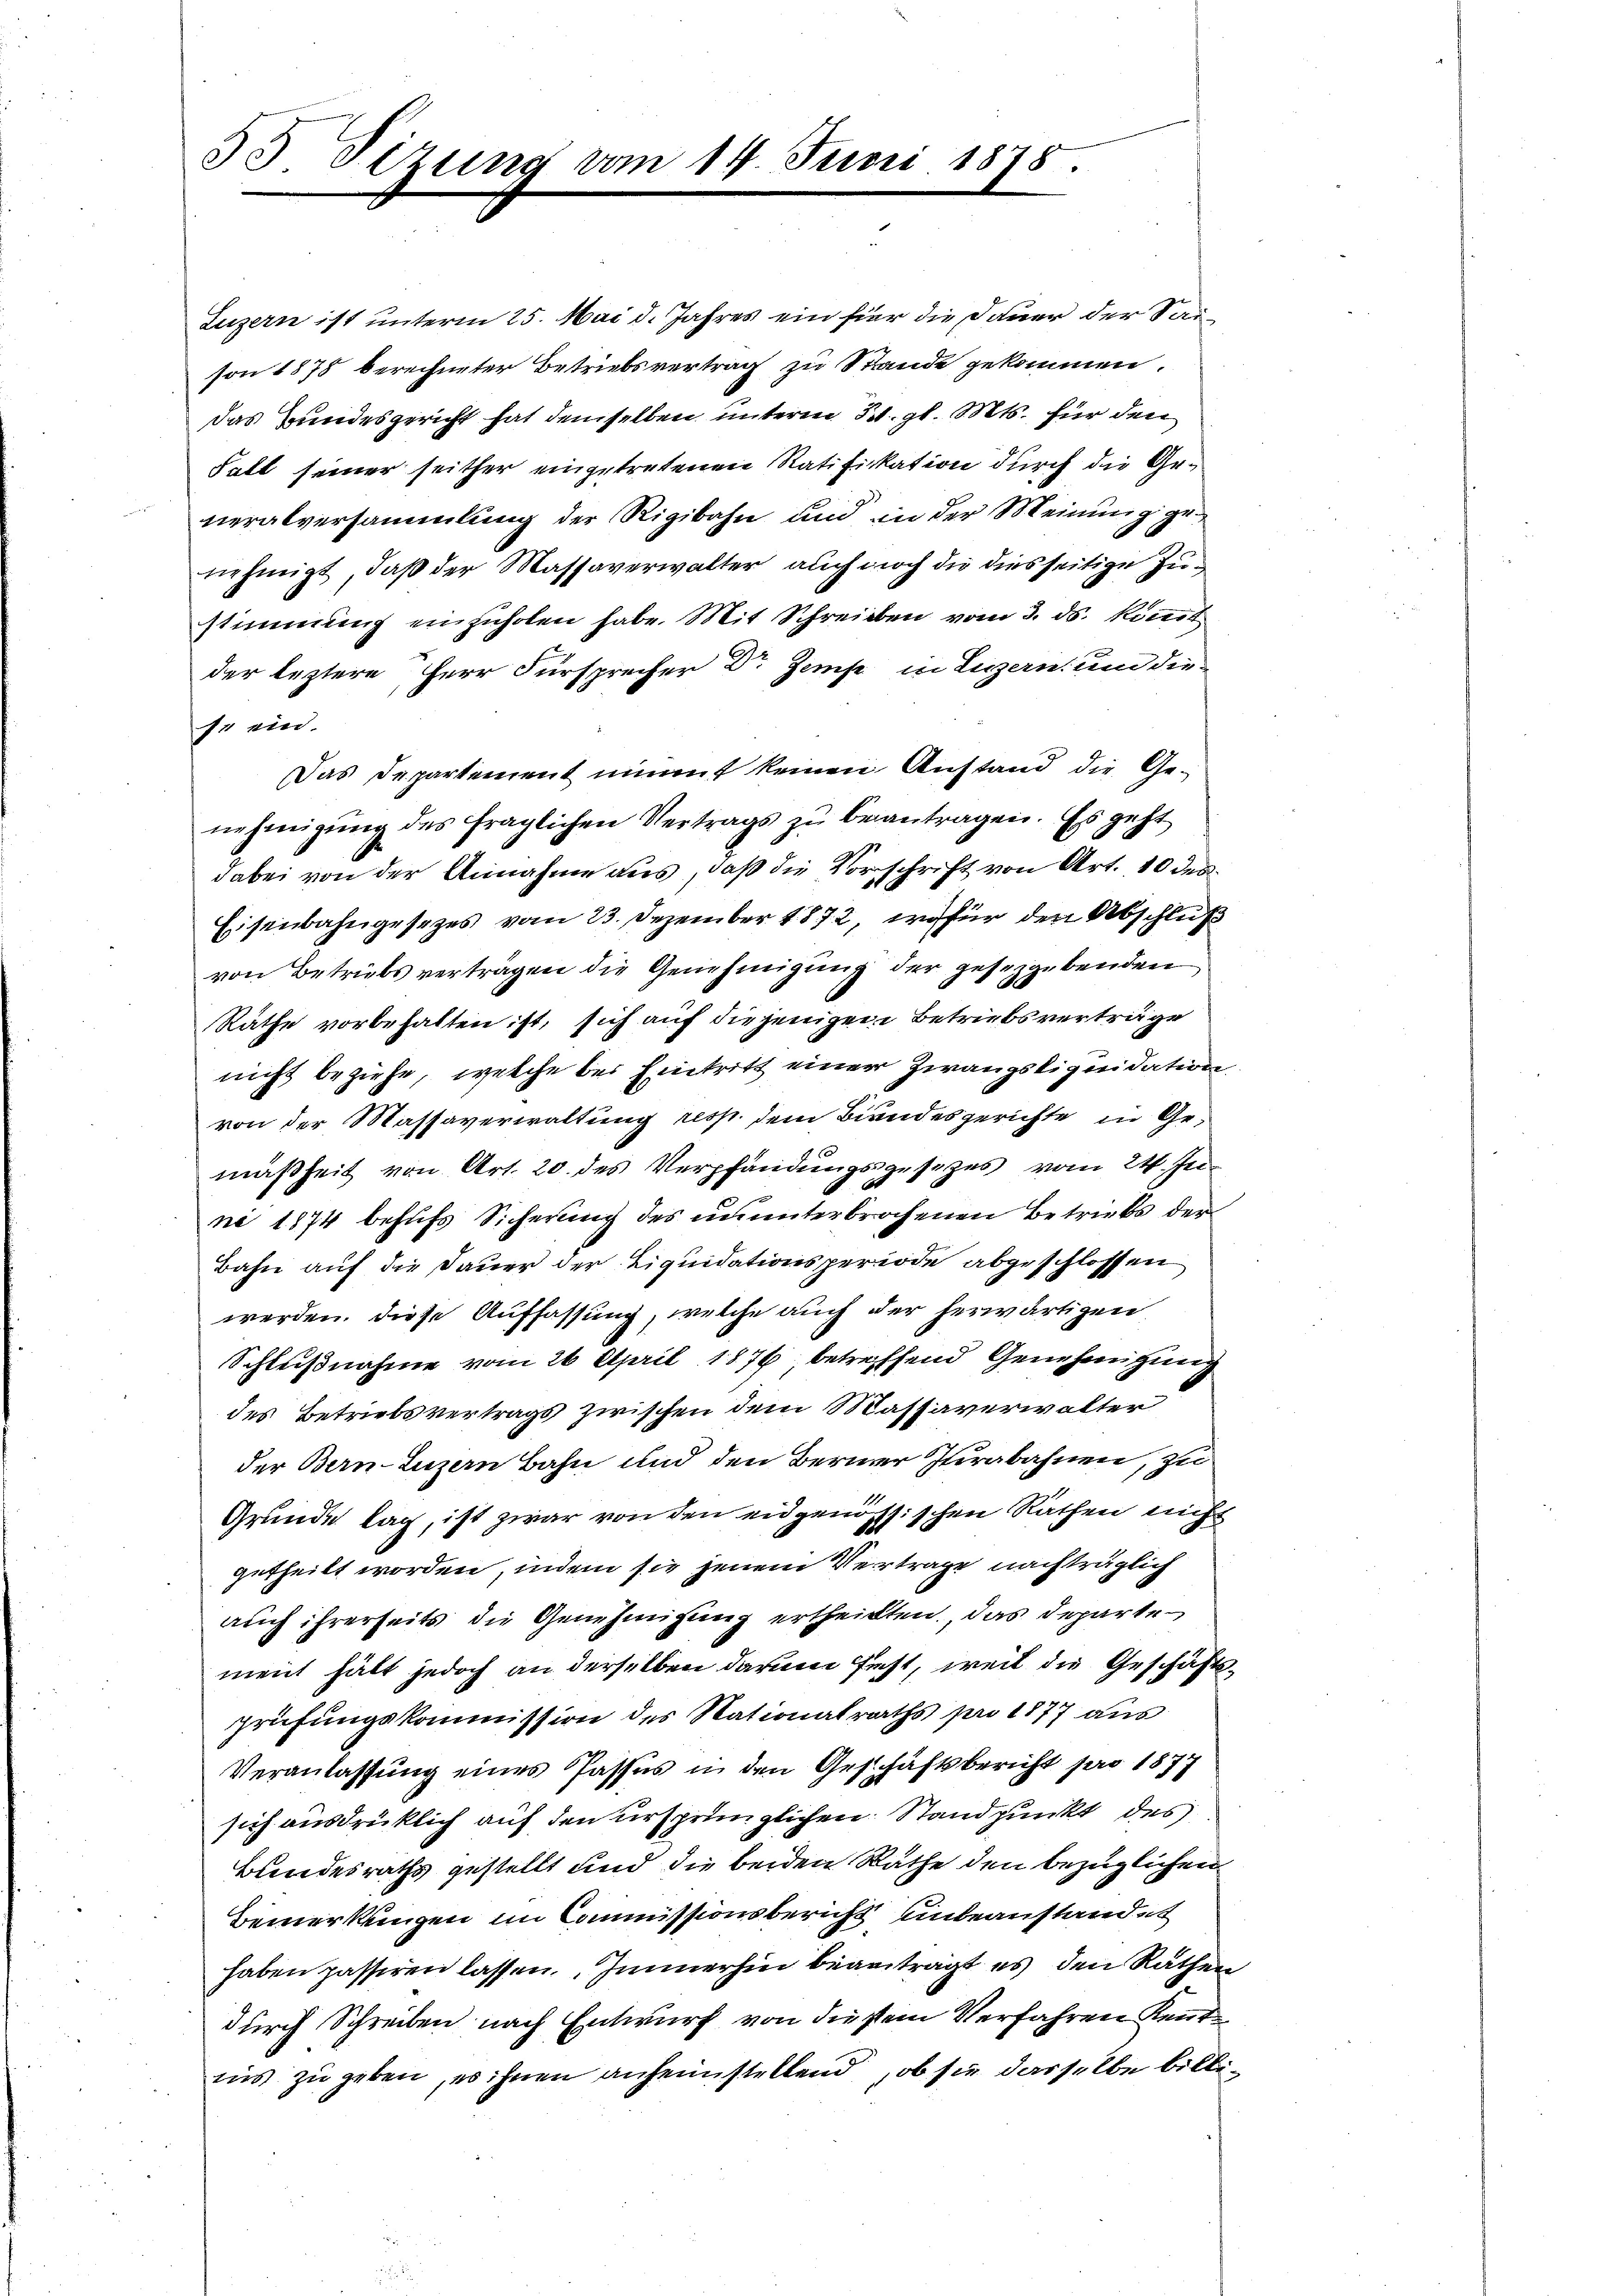
53 Sizung vom 14. Juni 1878.

Luzern ist unterm 25. Mai d. Jahres ein fier die Dauer der Saison 1878 berechneter Betriebsvertrag zu Stande gekommen.
das Bundesgericht hat demselben unterm 31. gl. Mts. für den
Fall seiner seither eingetretenen Ratifikation durch die Generalversammlung der Rigibahn und in der Meinung genehmigt, daß der Massaverwalter auch noch die diesseitige Zustimmung einzuholen habe. Mit Schreiben vom 3. ds. könt
der leztere Herr Fürsprecher Dr Zemp in Legern und diese ein.
Das Departement nimmt keinen Anstand die Genehmigŭng des fraglichen Vertrags zŭ beantragen. Es geht
dabei von der Annahme aus, daß die Vorschrift von Art. 10 den
Eisenbahngesezes vom 23. Dezember 1872, wofür den Abschluß
von Betriebs verträgen die Genehmigung der gesezgebenden
Räthe vorbehalten ist, sich auf diejenigen Betriebsverträge
nicht beziehe, welche bei Eintritt einer Zwangsliquidation
von der Massaverwaltung resp. dem Biandesgerichte in Gemäßheit von Art. 20. des Verpfändungsgesezes vom 24. Ju
ni 1874 behufs Sicherung des ununterbrochenen Betriebs der
Bahn auf die Dauer der Liquidationsperiode abgeschlossen
werden. Diese Auffassung, welche auch der herwärtigen
Schleißnahme vom 26. April 1876, betreffend Genehmigung
des Betriebsvertrags zwischen dem Massaverwalter
der Bern-Luzern Bahn und den Berner Jurabahnen, zu
Grunde lag, ist zwar von den eidgenössischen Räthen nicht
getheilt worden, indem sie jenem Vertrage nachträglich
auch ihrerseits die Genehmigung ertheilten, das Departe
ment hätt jedoch an derselben darum fest, weil die Geschäftsprüfungskommission des Nationalraths pro 1877 aus
Veranlassung eines Passus in den Geschäftsbericht pro 1877
sich ausdrüklich auf den ursprünglichen Standpunkt des
Bundesraths gestellt und die beiden Räthe den bezüglichen
Bemerkungen im Commissionsbericht unbeanstandet
haben passiren lassen. Immerhin beantragt es, den Räthen
durch Schreiben nach Entwurf von diesem Verfahren Kenntins zu geben, es ihnen anheimstellend, ob sie dasselbe billi¬